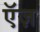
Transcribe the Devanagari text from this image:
ऍज़